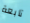
تابعة